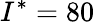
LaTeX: I^{*}=80